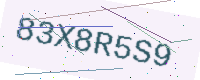
Text: 83X8R5S9